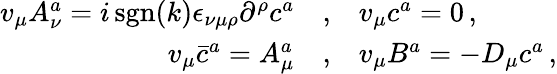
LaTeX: \begin{array}{rcl}{{v_{\mu}A_{\nu}^{a}=i\, \mathrm{sgn}(k){\epsilon}_{\nu\mu\rho}{\partial}^{\rho}c^{a}}}&{{,}}&{{v_{\mu}c^{a}=0\, ,}}\\ {{v_{\mu}{\bar{c}^{a}}=A_{\mu}^{a}}}&{{,}}&{{v_{\mu}B^{a}=-D_{\mu}c^{a}\, ,}}\end{array}